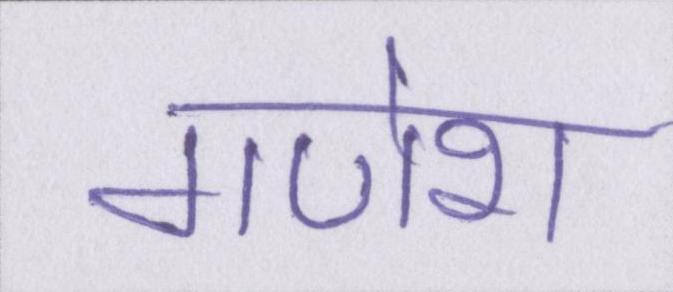
गणेश